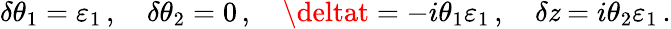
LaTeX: \delta\theta_{1}=\varepsilon_{1}\, ,\quad\delta\theta_{2}=0\, ,\quad\deltat=-i\theta_{1}\varepsilon_{1}\, ,\quad\delta\mathit{z}=i\theta_{2}\varepsilon_{1}\, .